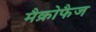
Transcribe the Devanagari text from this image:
मैक्रोफैज